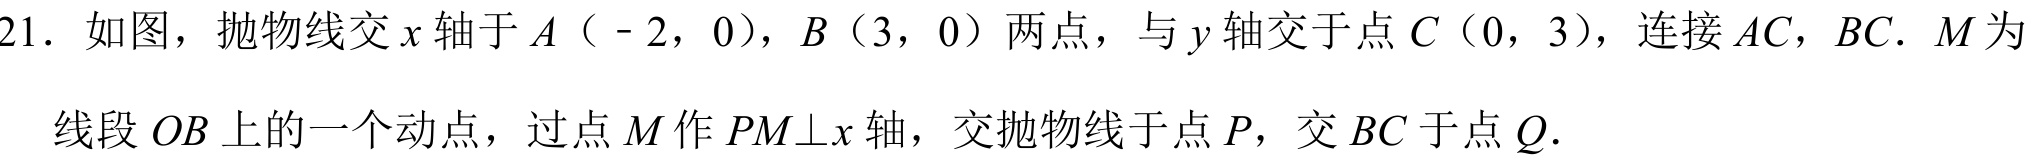
21. 如图，抛物线交\(x\)轴于\(A（ - 2,0）\)，\(B（3,0）\)两点，与\(y\)轴交于点\(C（0,3）\)，连接\(AC\)，\(BC\). \(M\)为
线段\(OB\)上的一个动点，过点\(M\)作\(PM\perp x\)轴，交抛物线于点\(P\)，交\(BC\)于点\(Q\).